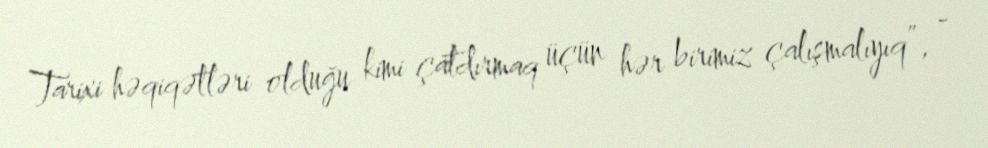
Tarixi həqiqətləri olduğu kimi çatdırmaq üçün hər birimiz çalışmalıyıq”, -